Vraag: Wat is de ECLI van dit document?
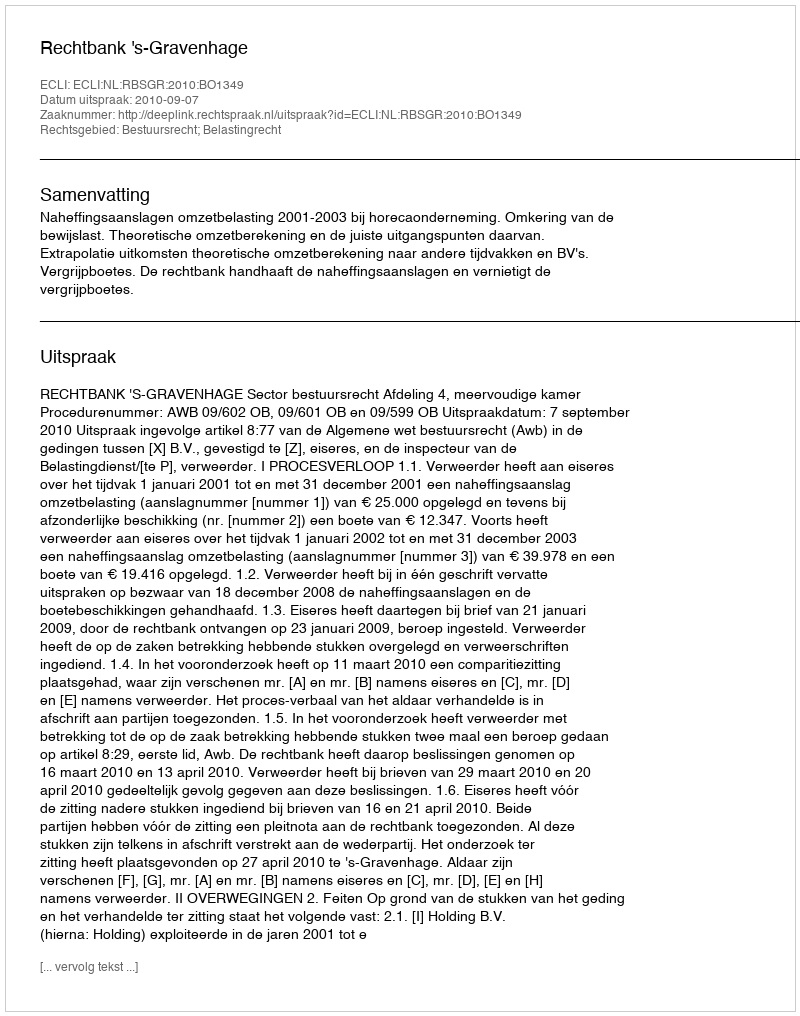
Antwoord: ECLI:NL:RBSGR:2010:BO1349